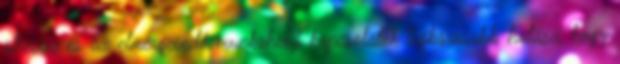
stressz és az elmérgesedő munkahelyi kapcsolatok legkárosabb hatása, hogy